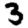
Digit: 3